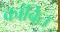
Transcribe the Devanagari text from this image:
कांबित